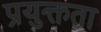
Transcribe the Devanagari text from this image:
प्रयुक्तता